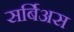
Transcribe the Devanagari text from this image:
सर्बिअस